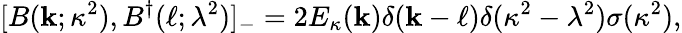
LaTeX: [B({\mathbf k};\kappa^{2}),B^{\dagger}({\mathbf\ell};\lambda^{2})]_{-}=2E_{\kappa}({\mathbf k})\delta({\mathbf k}-{\mathbf\ell})\delta(\kappa^{2}-\lambda^{2})\sigma(\kappa^{2}),